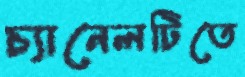
চ্যানেলটিতে